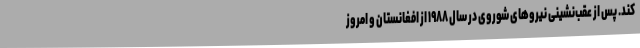
كند. پس از عقب‌نشینی نیروهای شوروی در سال ۱۹۸۸ از افغانستان و امروز